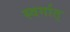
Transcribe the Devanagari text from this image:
स्वर्गात्